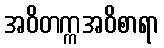
အဝိတက္ကအဝိစာရာ